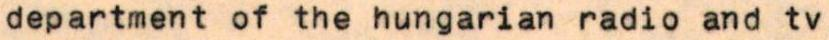
department of the hungarian radio and tv